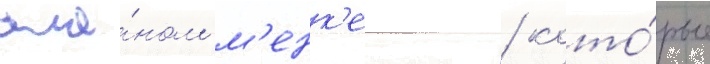
ала́ном м'енк'еном / кото́рые